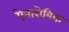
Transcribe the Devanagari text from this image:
ऐनारोबिक